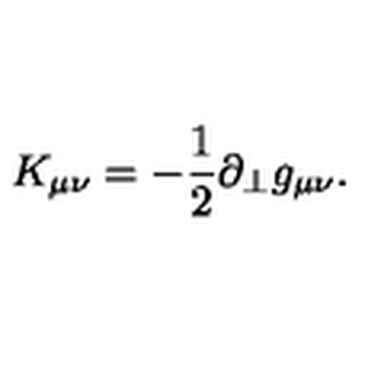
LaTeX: K _ { \mu \nu } = - \frac { 1 } { 2 } \partial _ { \perp } g _ { \mu \nu } .